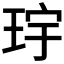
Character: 𪻝